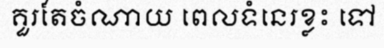
គួរតែចំណាយ ពេលទំនេរខ្លះ ទៅ